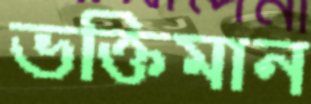
ভক্তিমান